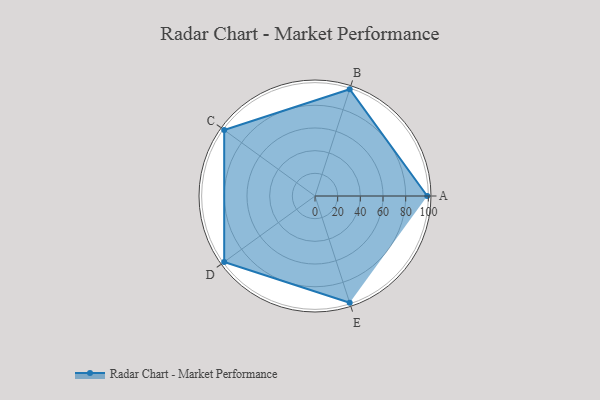
{"axis": {"x": "Skill", "y": "Score"}, "legend": ["Profile"], "data": [{"x": "A", "y": 99, "type": "Profile"}, {"x": "B", "y": 99, "type": "Profile"}, {"x": "C", "y": 99, "type": "Profile"}, {"x": "D", "y": 99, "type": "Profile"}, {"x": "E", "y": 99, "type": "Profile"}]}